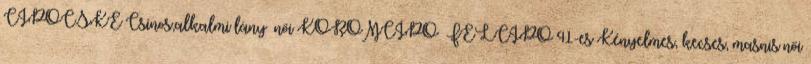
CIPŐCSKE Csinos,alkalmi lány női KÖRÖMCIPŐ FÉLCIPŐ 41-es Kényelmes, kecses, masnis női